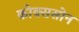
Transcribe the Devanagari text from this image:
कोक्ससोन